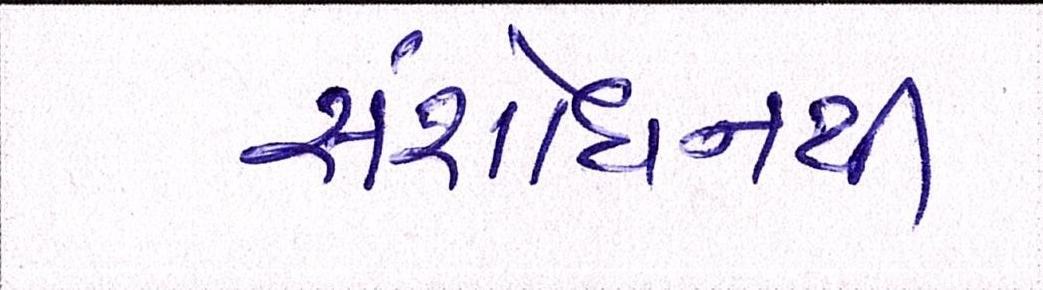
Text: સંશોધનથી